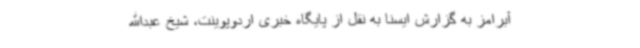
آبرامز به گزارش ایسنا به نقل از پایگاه خبری اردوپوینت، شیخ عبدالله